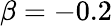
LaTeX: \beta=-0.2